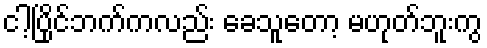
ငါ့ပြိုင်ဘက်ကလည်း ခေသူတော့ မဟုတ်ဘူးကွ